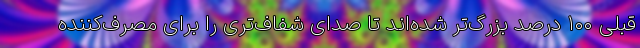
قبلی ۱۰۰ درصد بزرگ‌تر شده‌اند تا صدای شفاف‌تری را برای مصرف‌کننده